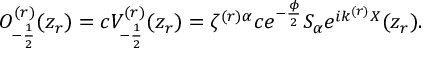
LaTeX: O _ { - \frac { 1 } { 2 } } ^ { ( r ) } ( z _ { r } ) = c V _ { - \frac { 1 } { 2 } } ^ { ( r ) } ( z _ { r } ) = \zeta ^ { ( r ) \alpha } c e ^ { - \frac { \phi } { 2 } } S _ { \alpha } e ^ { i k ^ { ( r ) } X } ( z _ { r } ) .